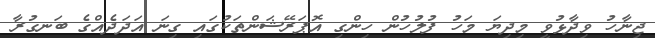
ޖިނާހު ވިދާޅުވީ މިދިޔަ މަހު ފުލުހުން ހިންގި އޮޕަރޭޝަންތަކުގައި ގިނަ އަދަދެއްގެ ބަނގުރާ